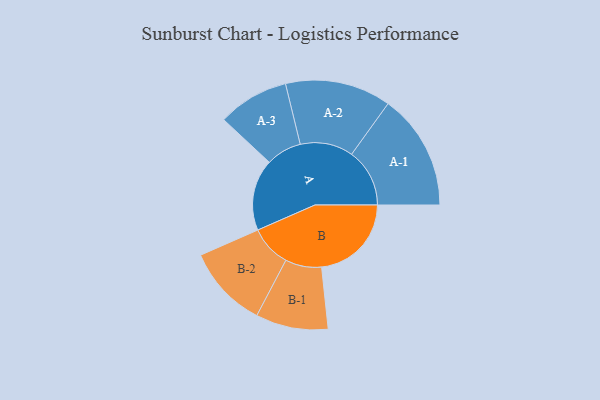
{"axis": {"x": "Segment", "y": "Value"}, "legend": ["", "A", "B"], "data": [{"x": "A", "y": 337, "type": ""}, {"x": "B", "y": 424, "type": ""}, {"x": "A-1", "y": 274, "type": "A"}, {"x": "A-2", "y": 250, "type": "A"}, {"x": "A-3", "y": 168, "type": "A"}, {"x": "B-1", "y": 171, "type": "B"}, {"x": "B-2", "y": 195, "type": "B"}]}